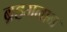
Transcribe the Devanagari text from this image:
ब्रहमनान